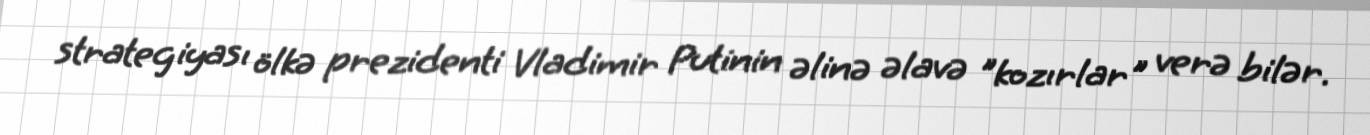
strategiyası ölkə prezidenti Vladimir Putinin əlinə əlavə "kozırlar" verə bilər.